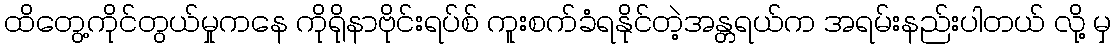
ထိတွေ့ကိုင်တွယ်မှုကနေ ကိုရိုနာဗိုင်းရပ်စ် ကူးစက်ခံရနိုင်တဲ့အန္တရယ်က အရမ်းနည်းပါတယ် လို့ မှ